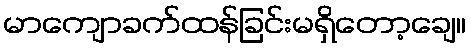
မာကျောခက်ထန်ခြင်းမရှိတော့ချေ။